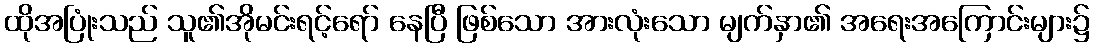
ထိုအပြုံးသည် သူ၏အိုမင်းရင့်ရော် နေပြီ ဖြစ်သော အားလုံးသော မျက်နှာ၏ အရေးအကြောင်းများ၌